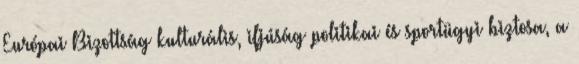
Európai Bizottság kulturális, ifjúság politikai és sportügyi biztosa, a